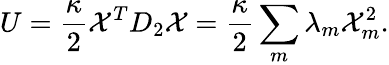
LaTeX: U=\frac{\kappa}{2}\mathcal{X}^{T}D_{2}\mathcal{X}=\frac{\kappa}{2}\sum_{m}{\lambda}_{m}\mathcal{X}_{m}^{2}.